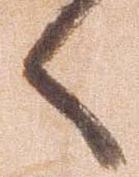
候